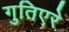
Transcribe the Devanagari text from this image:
गुतिएरे